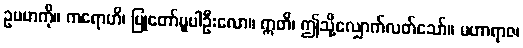
ဥပမာကို။ ကရောဟိ၊ ပြုတော်မူပါဦးလော။ ဣတိ၊ ဤသို့လျှောက်လတ်သော်။ မဟာရာဇ၊